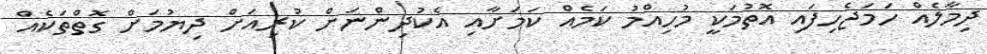
ދިމާލެއް ހަމަޖެހިފައި އޮތުމަކީ މުހިއްމު ކަމެއް ކަމަށާއި އެކުދިންނަށް ކުރިއަށް ދިޔުމަށް ގޮތްތަކެއް